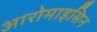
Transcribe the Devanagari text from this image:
आरोमाइसिन